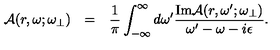
\begin{array} { r c l } { { \cal A } ( r , \omega ; \omega _ { \bot } ) } & { = } & { \displaystyle \frac { 1 } { \pi } \int _ { - \infty } ^ { \infty } d \omega ^ { \prime } \frac { \mathrm { I m } { \cal A } ( r , \omega ^ { \prime } ; \omega _ { \bot } ) } { \omega ^ { \prime } - \omega - i \epsilon } . } \\ \end{array}